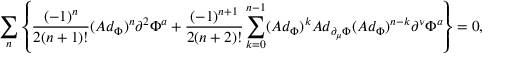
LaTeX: \sum _ { n } \left\{ \frac { ( - 1 ) ^ { n } } { 2 ( n + 1 ) ! } ( A d _ { \Phi } ) ^ { n } \partial ^ { 2 } \Phi ^ { a } + \frac { ( - 1 ) ^ { n + 1 } } { 2 ( n + 2 ) ! } \sum _ { k = 0 } ^ { n - 1 } ( A d _ { \Phi } ) ^ { k } A d _ { \partial _ { \mu } \Phi } ( A d _ { \Phi } ) ^ { n - k } \partial ^ { \nu } \Phi ^ { a } \right\} = 0 ,